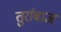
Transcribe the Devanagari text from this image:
तुर्राबाज